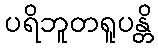
ပရိဘူတရူပန္တိ